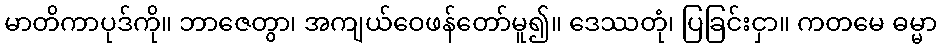
မာတိကာပုဒ်ကို။ ဘာဇေတွာ၊ အကျယ်ဝေဖန်တော်မူ၍။ ဒေဿတုံ၊ ပြခြင်းငှာ။ ကတမေ ဓမ္မာ